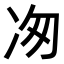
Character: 𭂉